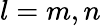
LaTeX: l=m,n